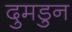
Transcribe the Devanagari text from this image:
दुमडुन